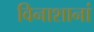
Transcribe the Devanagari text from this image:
विनाशानां